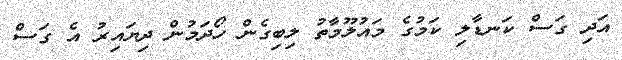
އަދި ގަސް ކަނޑާލި ކަމުގެ މައުލޫމާތު ލިބިގެން ހޯދަމުން ދިޔައިރު އެ ގަސް